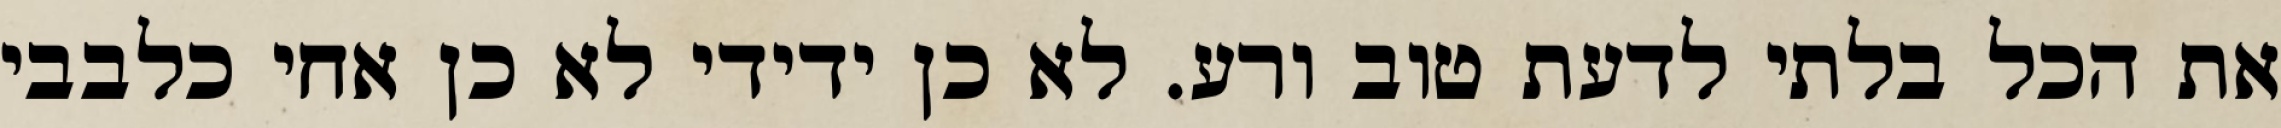
את הכל בלתי לדעת טוב ורע. לא כן ידידי לא כן אחי כלבבי